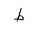
Letter: _da